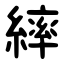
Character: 繂